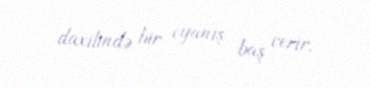
daxilində bir oyanış baş verir.